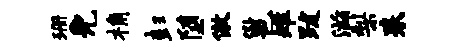
珊免桷彭堕傲邕雉跋滋梨耒